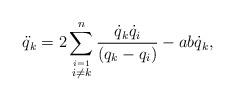
LaTeX: \begin{gather*} \ddot{q}_k=2\sum_{\stackrel{i=1}{i\neq k}}^n\frac{\dot{q}_k\dot{q}_i}{ (q_k-q_i)}-a b \dot{q}_k ,\end{gather*}